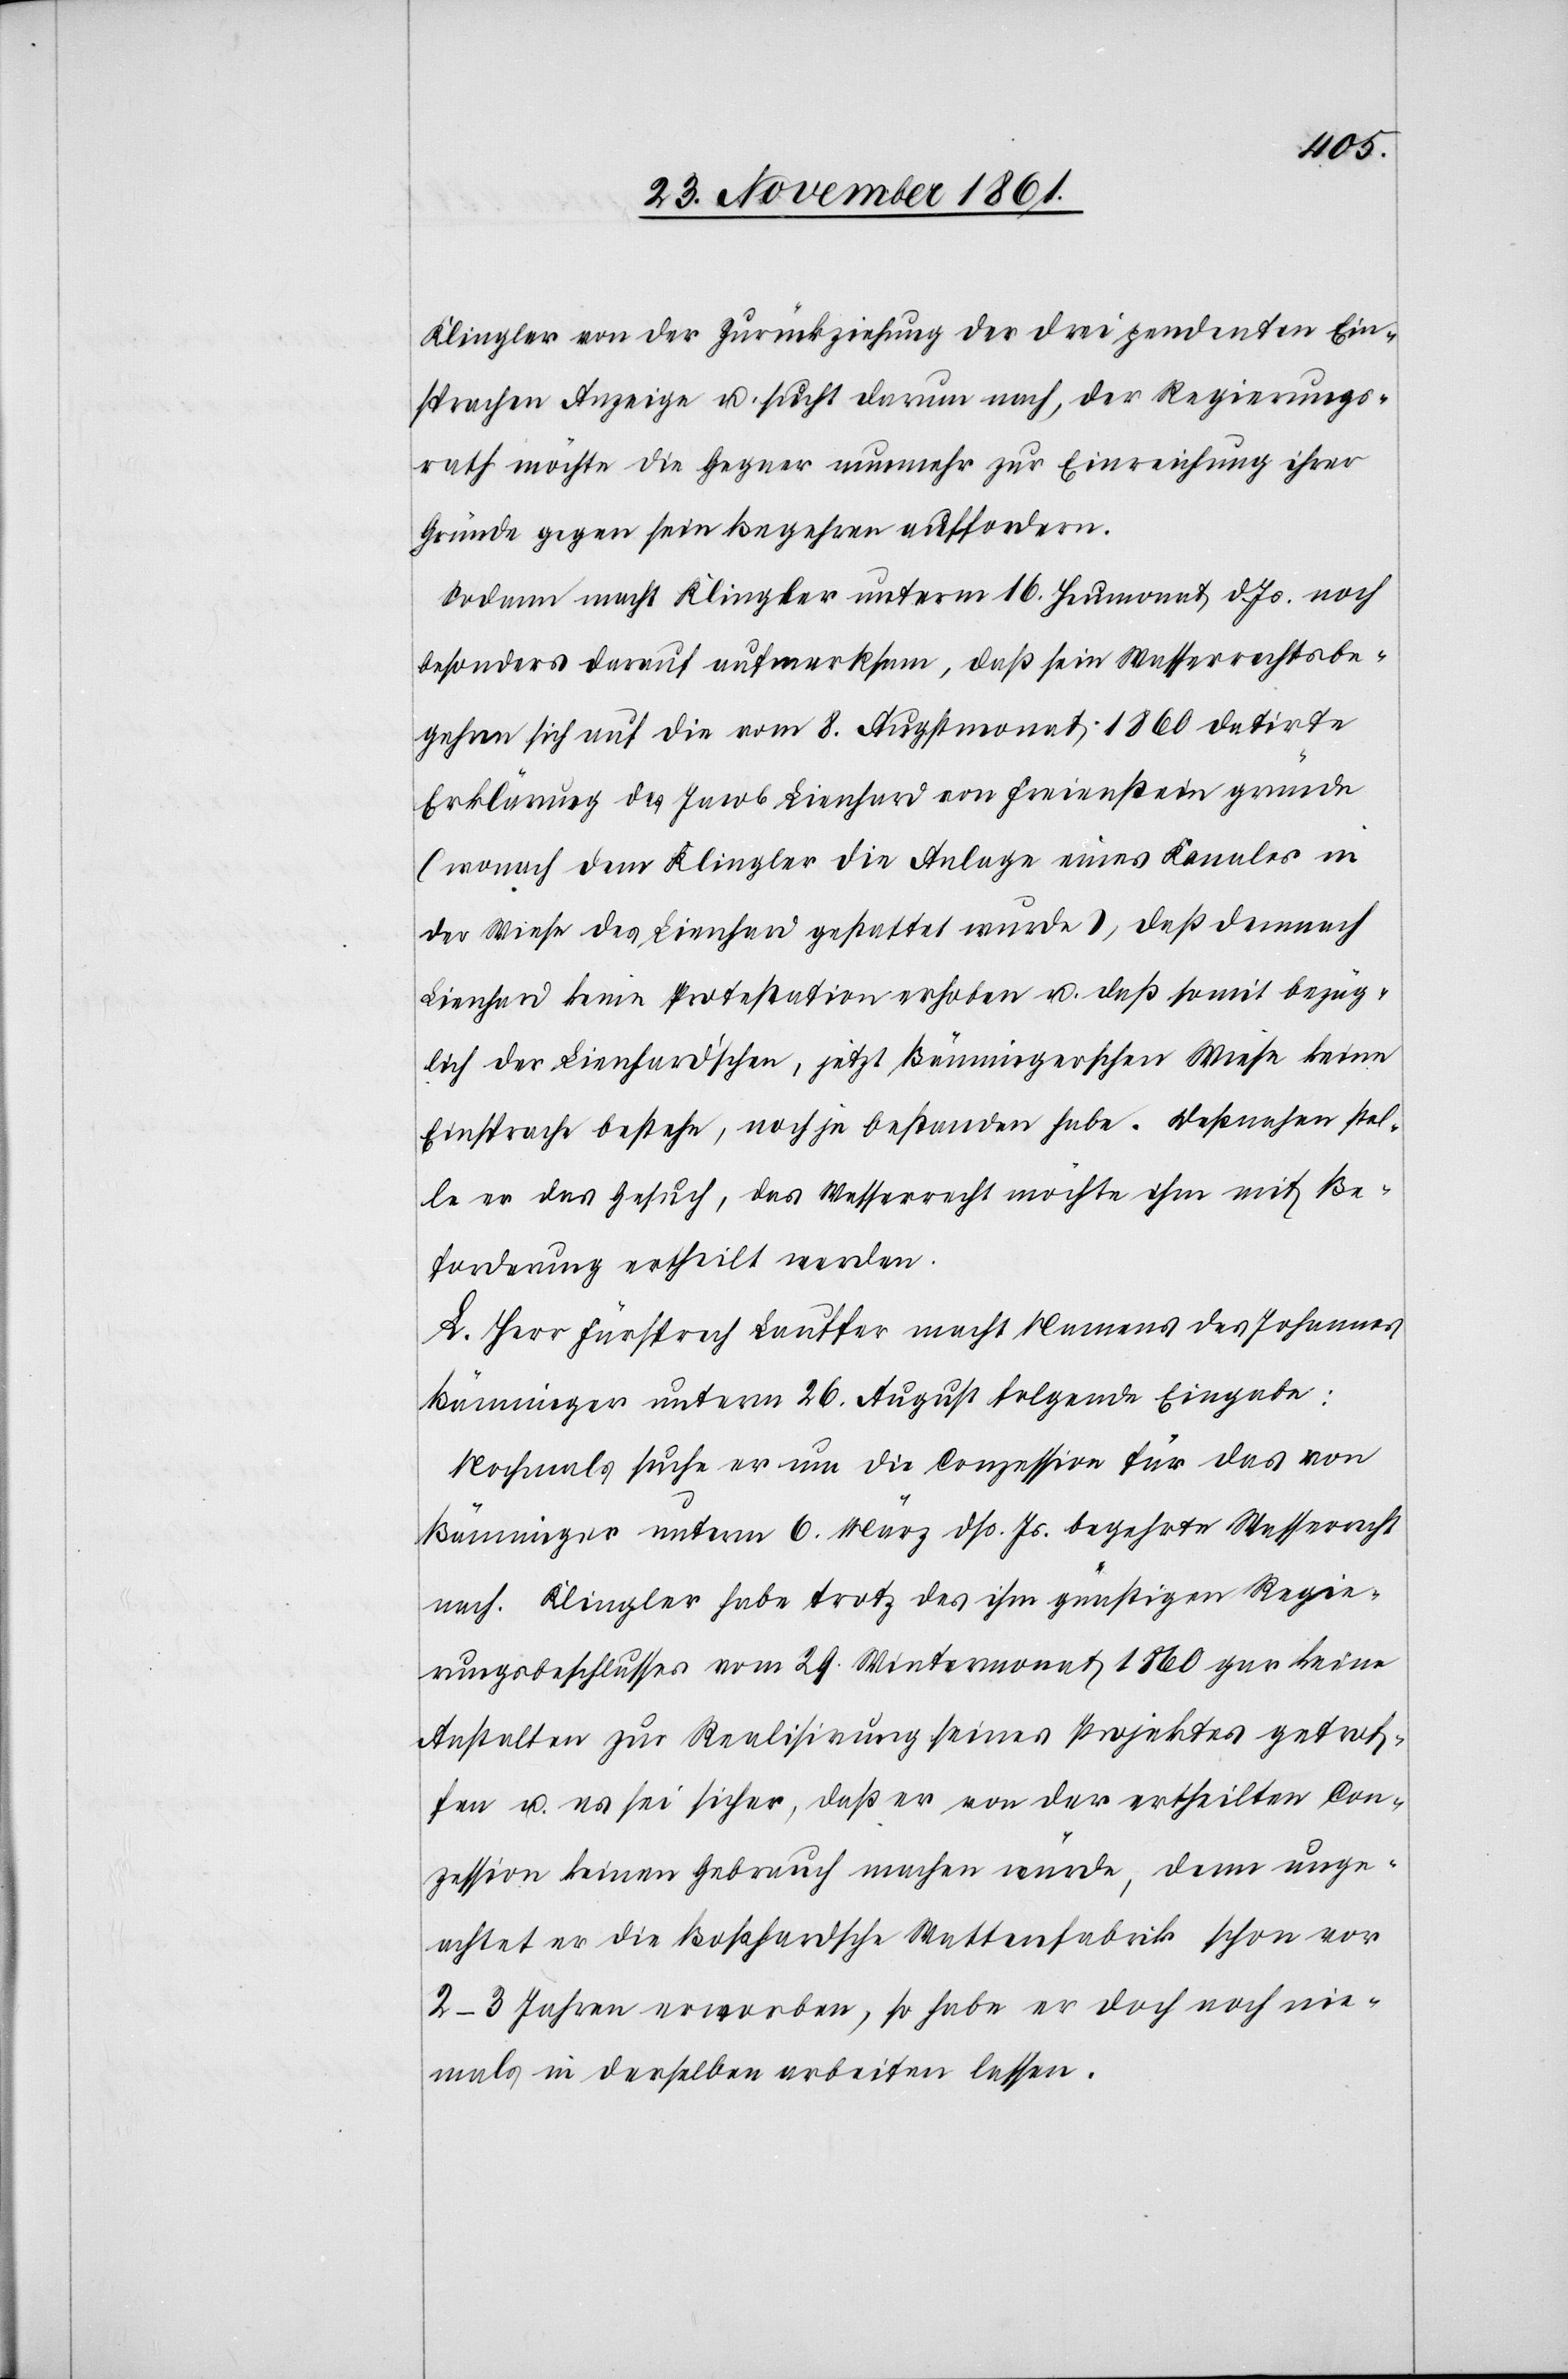
Klingler von der Zurückziehung der drei pendenten Ein¬
sprachen Anzeige u. sucht darum nach, der Regierungs¬
rath möchte die Gegner nunmehr zur Einreichung ihrer
Gründe gegen sein Begehren auffordern.
Sodann macht Klingler unterm 16 Heumonat d. Js. noch
besonders darauf aufmerksam, daß sein Wasserrechtsbe¬
gehren sich auf die vom 8 Augstmonat 1860 datirte
Erklärung des Jacob Lienhard von Freienstein gründe
(wonach dem Klingler die Anlage eines Kanales in
der Wiese des Lienhard gestattet wurde), daß demnach
Lienhard keine Protestation erhoben u. daß somit bezüg¬
lich der Lienhard’schen, jetzt Bänningerschen Wiese keine
Einsprache bestehe, noch je bestanden habe. Deßnahen stel¬
le er das Gesuch, das Wasserrecht möchte ihm mit Be¬
forderung ertheilt werden.
L. Herr Fürsprech Lauffer macht Namens des Johannes
Bänninger unterm 26 August folgende Eingabe:
Nochmals suche er um die Conzession für das von
Bänninger unterm 6 März dß. Js. begehrte Wasserrecht
nach. Klingler habe trotz des ihm günstigen Regie¬
rungsbeschlusses vom 29 Wintermonat 1860 gar keine
Anstalten zur Realisierung seines Projektes getrof¬
fen u. es sei sicher, daß er von der ertheilten Con¬
zession keinen Gebrauch machen würde, denn unge¬
achtet er die Boßhardsche Wattenfabrik schon vor
2–3 Jahren erworben, so habe er doch noch nie¬
mals in derselben arbeiten lassen.